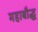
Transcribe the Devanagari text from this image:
महाबौद्ध